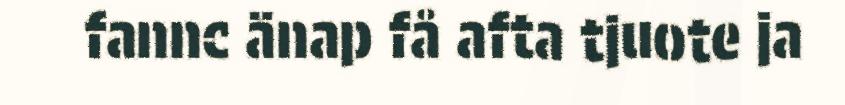
fannc änap få afta tjuote ja